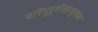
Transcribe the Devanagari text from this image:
परिपूर्तीदरम्यान